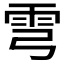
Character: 𩁽